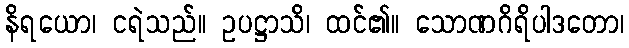
နိရယော၊ ငရဲသည်။ ဥပဋ္ဌာသိ၊ ထင်၏။ သောဏဂိရိပါဒတော၊